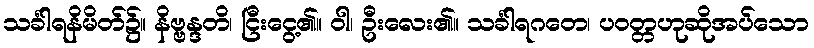
သင်္ခါရနိမိတ်၌။ နိဗ္ဗန္ဒတိ၊ ငြီးငွေ့၏။ ဝါ၊ ဦးလေး၏။ သင်္ခါရဂတေ၊ ပဝတ္တဟုဆိုအပ်သော